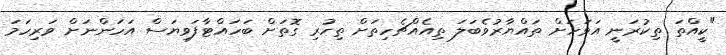
"ކީއްތަ ތިކުރަނީ އަވަހަށް ތައްޔާރުވެބަލަ ތިއެއްޗެހިތަށް ތިހުރި ގޮތަށް ބަހައްޓާފަވިޔަސް އަހަންނަށް ވަރިހަމަ